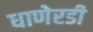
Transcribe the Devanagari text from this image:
धाणेरडी